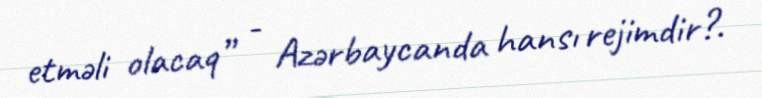
etməli olacaq” - Azərbaycanda hansı rejimdir?.